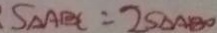
S _ { \Delta A B C } = 2 S _ { \Delta A B O }